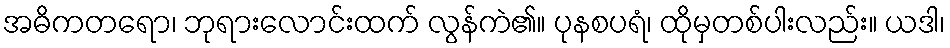
အဓိကတရော၊ ဘုရားလောင်းထက် လွန်ကဲ၏။ ပုနစပရံ၊ ထိုမှတစ်ပါးလည်း။ ယဒါ၊